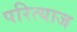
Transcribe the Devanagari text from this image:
परित्याज